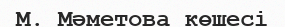
М. Мәметова көшесі